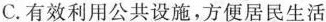
C.有效利用公共设施，方便居民生活